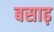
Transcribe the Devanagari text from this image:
बसाढ़